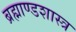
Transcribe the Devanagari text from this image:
ब्रह्माण्डशास्त्र